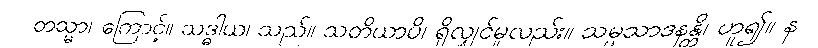
တသ္မာ၊ ကြောင့်။ သဒ္ဓါယ၊ သည်။ သတိယာပိ၊ ရှိလျှင်မူလည်း။ သမ္ပသာဒနန္တိ၊ ဟူ၍။ န